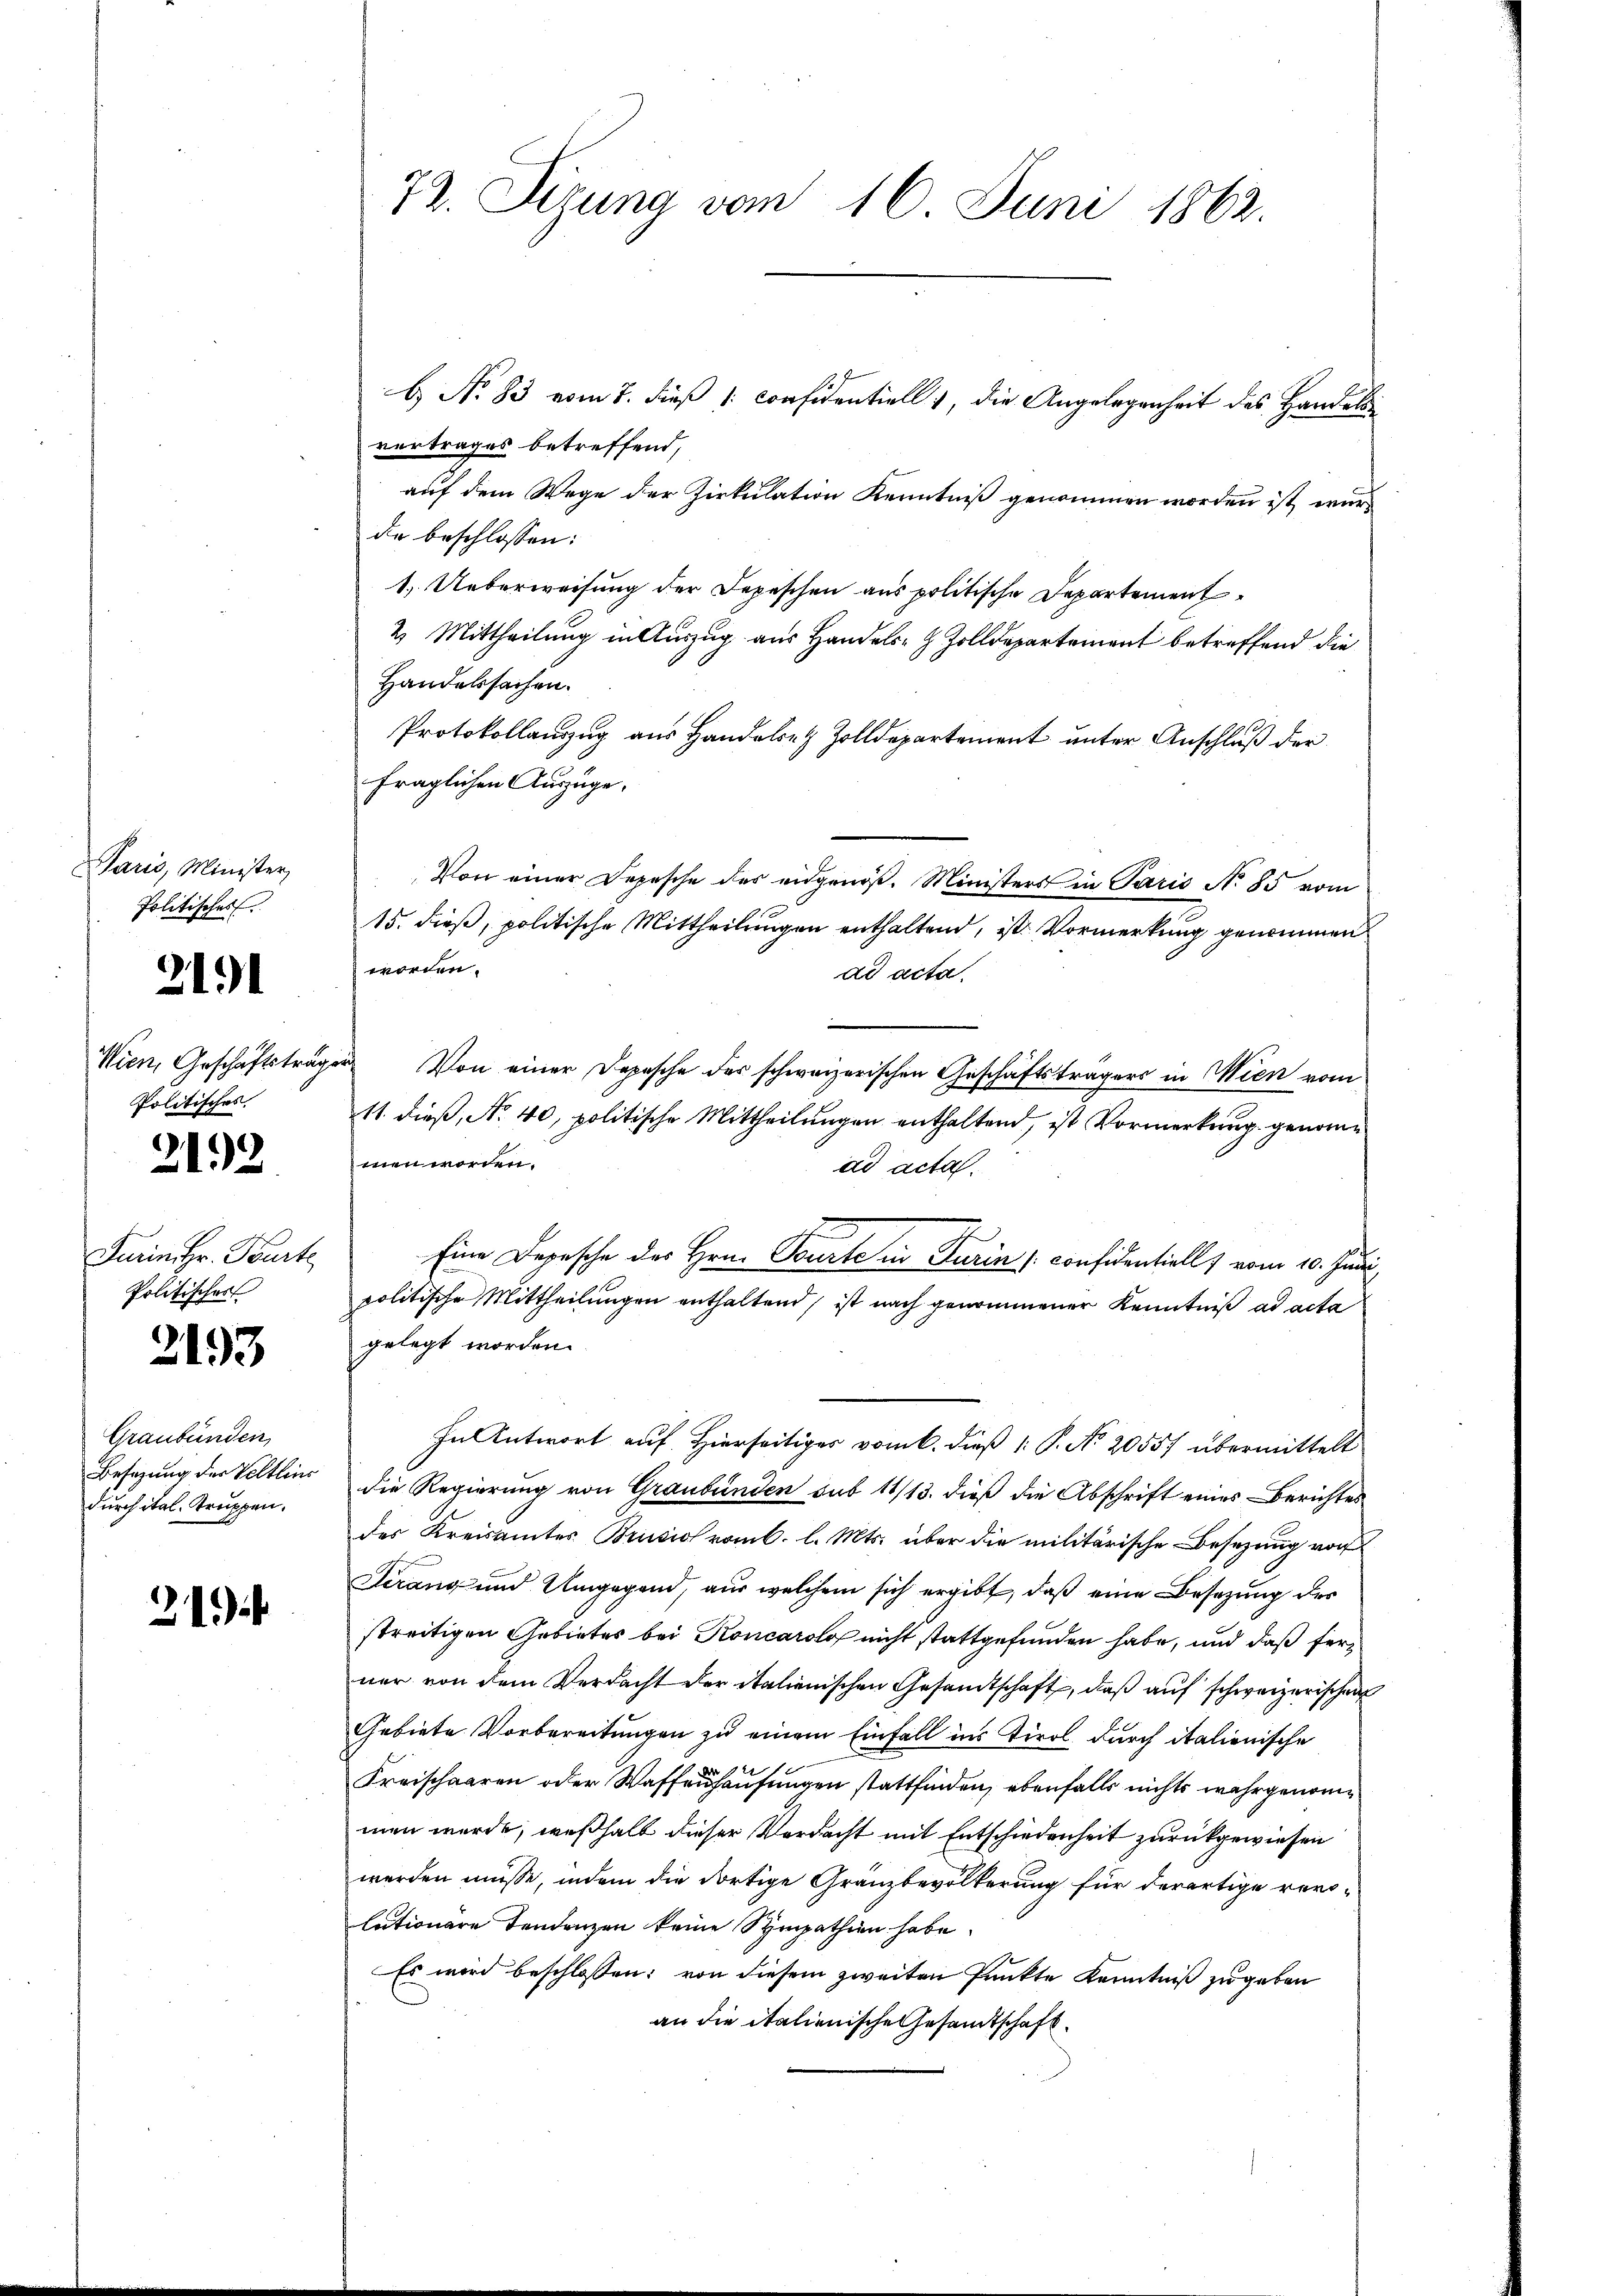
Paris, Minister,
Politisches
2191

Wien, Geschäftsträg
Politisches.

2193

Turinihr. Beurte
Politischer

2193

Graubünden
Besazung der Veltlins
durch ital. Truppen.

21)

72. Sizung vom 16. Juni 1862.
b) No 83 vom 7. dieß 1. Considentiell 1, die Angelegenheit des Handelsvertrages betreffend,
auf dem Wege der Zirkulation Kenntniß genommen worden ist, wurd

de beschlossen:
1.) Ueberweisung der Depeschen aus politische Departement
2. Mittheilung in Auszug aus Handels- & Zolldepartement betreffend die
Handelssachen.
Protokollauszug aus Handelen Zolldepartement unter Anschluß der
fraglichen Auszüge,
Von einer Depesche des eidgenöß. Ministers in Paris No 85 vom
15. dieß, politische Mittheilungen enthaltend, ist. Vormerkung genommen
worden.
ad acta.
Von einer Depesche der schwarzerischen Geschäftsträgers in Wien vom
11. dieß, No 40, politische Mittheilungen enthaltend, ist Vormerkung genommen worden.
ad acta.
Eine Depesche des Hrn. Tourte in Turin considentiell & vom 10. Juni
politische Mittheilungen enthaltend, ist nach genommener Kenntniß ad acta
gelegt worden.
In Antwort auf Hierseitiges vom 6. dieß (: P. No. 2055/ übermittelt
die Regierung von Graubünden sub 11/13. dieß die Abschrift eines Berichtes
des Kreisamtes Brusioromb. l. Mts. über die militärische Besetzung von
Sirang und Umgegend, aus welchem sich ergibt, daß eine Besetzung des
streitigen Gebietes bei Roncarolo nicht stattgefunden habe, und daß ferner von dem Verdacht der italienischen Gesandtschaft, daß auf schweizerischen
Gebiete Vorbereitungen zu einem Einfall ins Tirol, durch italienische
Fraischaaren oder Waffenhausungen stattfinden, ebenfalls nichts wahrgenommen werde, weßhalb dieser Verdacht mit Entschiedenheit zurückgewiesen
werden müsse, indem die dortige Granzbevölkerung für derartige verlutionare Tendenzen keine Sympathien habe.
Es wird beschlossen: von diesem zweiten Punkte Kenntniß zugeben
an die italienische Gesandtschaft